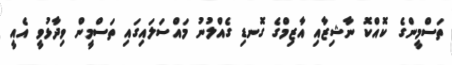
ތަސްމީންގެ ކޮއްކޮ ނާޝިޒާއި އާޒިމްގެ ގޮނޑި ގެއްލުނު މައްސަލައިގައި ތަސްމީން ވިދާޅުވީ އެއީ